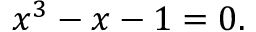
x ^ { 3 } - x - 1 = 0 .